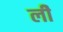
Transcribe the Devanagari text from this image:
लीे